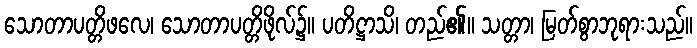
သောတာပတ္တိဖလေ၊ သောတာပတ္တိဖိုလ်၌။ ပတိဋ္ဌာသိ၊ တည်၏။ သတ္တာ၊ မြတ်စွာဘုရားသည်။